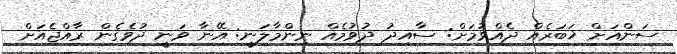
ސަންއަށް ޚަބަރެއް ދެއްވުމަށް: ސާއިދު ދުވުމެއް ނިންމާލަނީ: އޭނާ ވަނީ ދުވެގެން ރާއްޖެއަށް